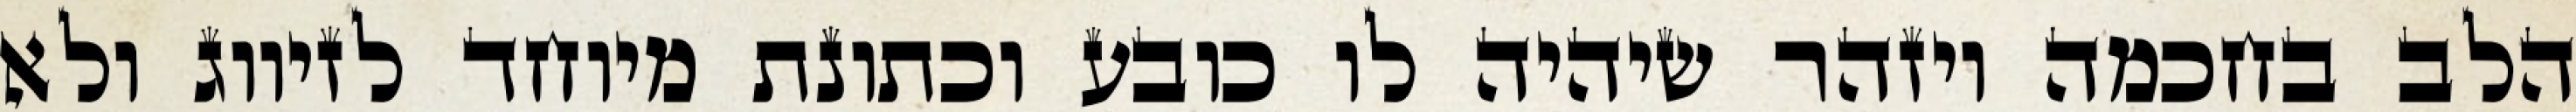
הלב בחכמה ויזהר שיהיה לו כובע וכתונת מיוחד לזיווג ולא